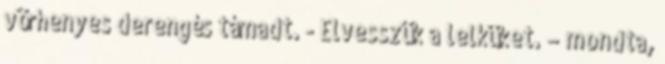
vörhenyes derengés támadt. - Elvesszük a lelküket. – mondta,